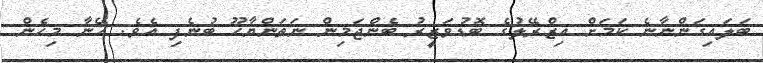
ބަލައިގަންނާނެ ކަމަށް އިޒްރޭލުގެ ބޮޑުވަޒީރު ބެންޖަމިން ނަތަންޔާހޫ ބުނެފި އެވެ. އޭނާ މިހެން